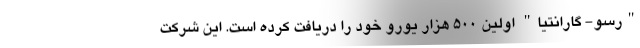
"رسو- گارانتیا" اولین 500 هزار یورو خود را دریافت کرده است. این شرکت